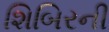
શિબિરની